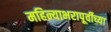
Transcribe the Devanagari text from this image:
महिन्याभरापूर्वीच्या